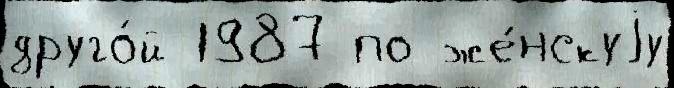
друго́й 1987 по же́нскуjу